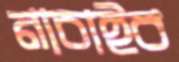
নাচাইব